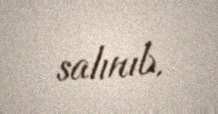
salınıb.